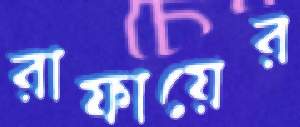
রাফায়ের